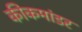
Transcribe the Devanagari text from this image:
कीकमांडर